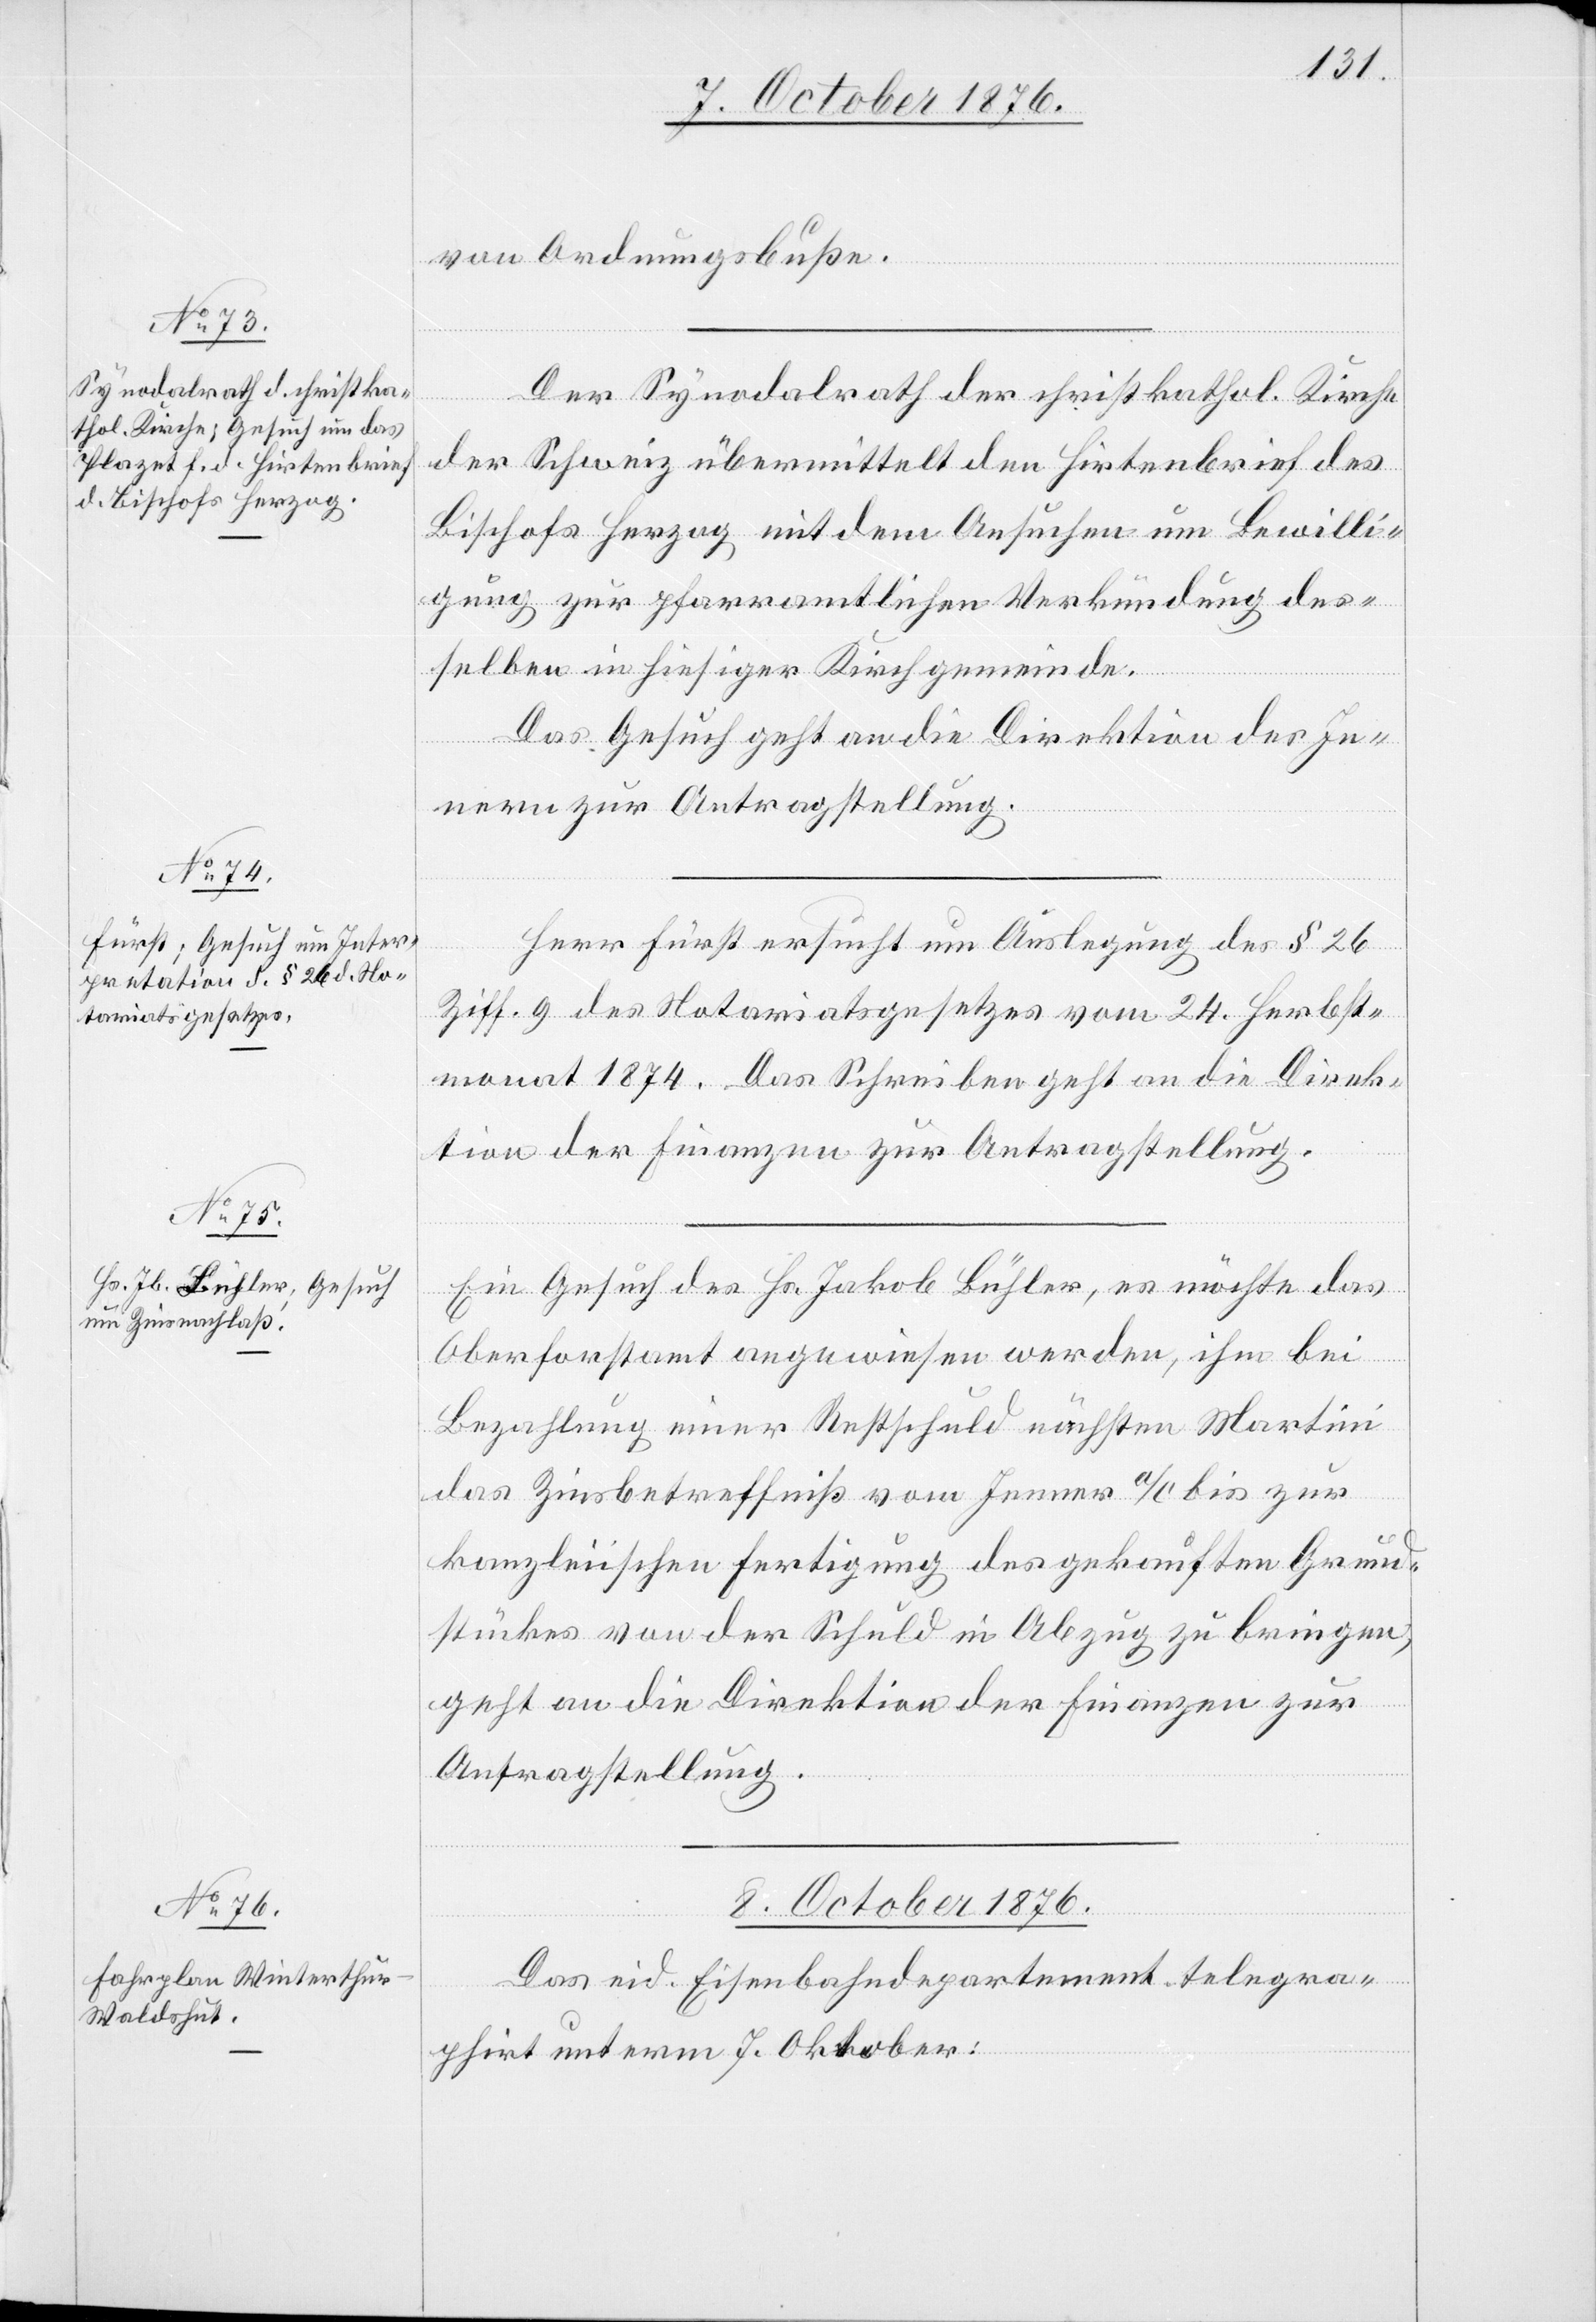
von Ordnungsbuße.
Der Synodalrath der christkathol. Kirche
der Schweiz übermittelt den Hirtenbrief des
Bischofs Herzog mit dem Ansuchen um Bewilli¬
gung zur pfarramtlichen Verkündung des¬
selben in hiesiger Kirchgemeinde.
Herr Fürst ersucht um Auslegung des § 26
Ziff. 9 des Notariatsgesetzes vom 24. Herbst¬
monat 1874. Das Schreiben geht an die Direk¬
tion der Finanzen zur Antragstellung.
Ein Gesuch des Hs. Jakob Bühler, es möchte das
Oberforstamt angewiesen werden, ihm bei
Bezahlung einer Restschuld nächsten Martini
das Zinsbetreffniß vom Jenner a/c bis zur
kanzleiischen Fertigung des gekauften Grund¬
stückes von der Schuld in Abzug zu bringen,
geht an die Direktion der Finanzen zur
Antragstellung.
8. October 1876.
Das eid. Eisenbahndepartement telegra¬
phirt unterm 7. Oktober: